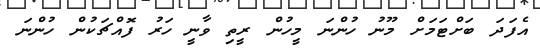
އެފަދަ ބަށްޓަމަށް މޫނު ހުންނަ މީހުން ރީތި ވާނީ ހަރު ފޮއްޗަކުން ހުންނަ